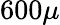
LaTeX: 600\mu